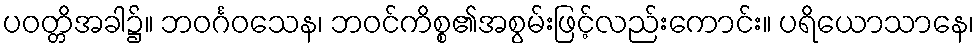
ပဝတ္တိအခါ၌။ ဘဝင်္ဂဝသေန၊ ဘဝင်ကိစ္စ၏အစွမ်းဖြင့်လည်းကောင်း။ ပရိယောသာနေ၊